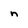
Character: n